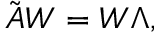
\Tilde { \boldsymbol { A } } \boldsymbol { W } = \boldsymbol { W } \boldsymbol { \Lambda } ,